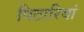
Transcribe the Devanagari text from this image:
पिटारियां